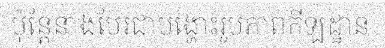
ប៉ុន្តែនាងបែរជាបង្ហោះរូបភាពកីឡដ្ឋាន